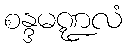
စန္ဒမဏ္ဍလံ